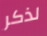
لذكر